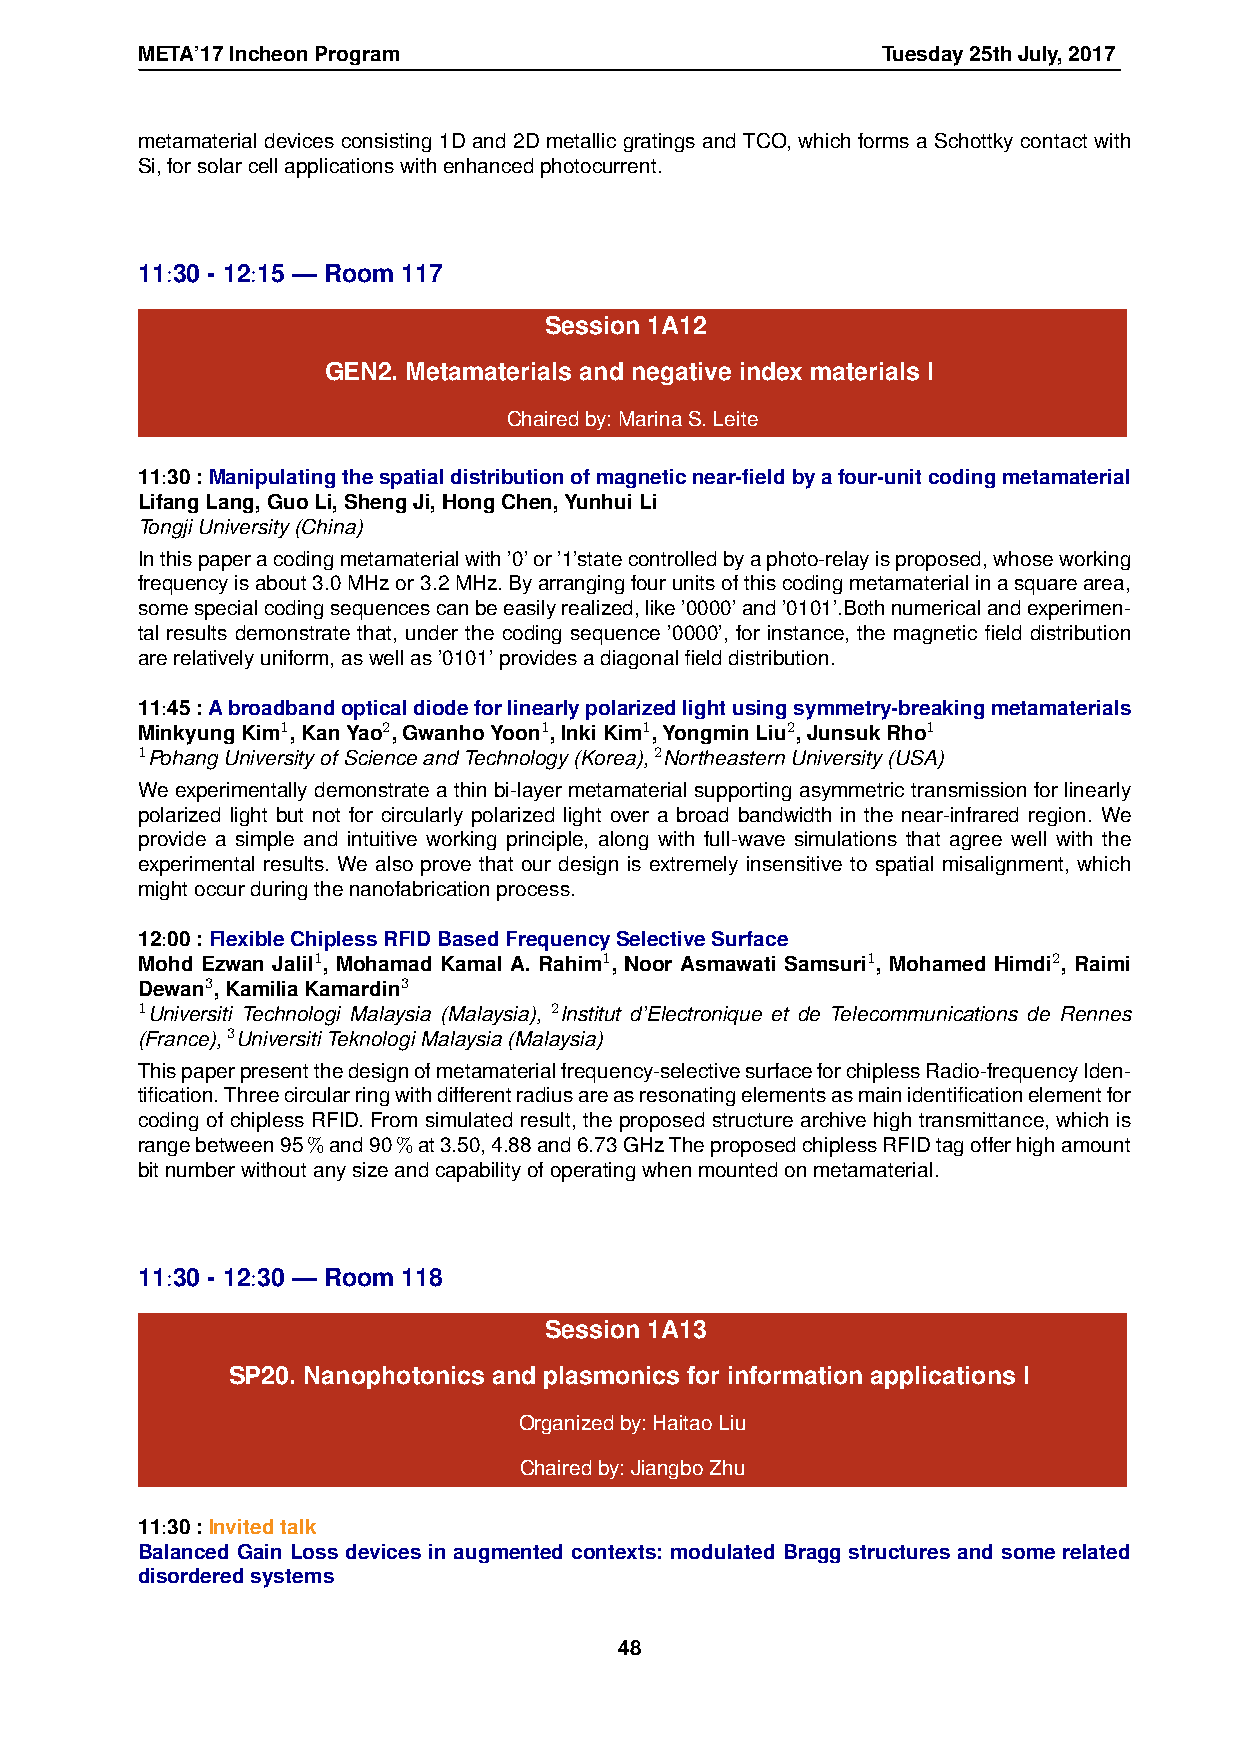
META’17IncheonProgram                            Tuesday25thJuly,2017
 metamaterial devices consisting 1D and 2D metallic gratings and TCO, which forms a Schottky contact with
 Si,forsolarcellapplicationswithenhancedphotocurrent.
 11:30 - 12:15 — Room 117
 Session 1A12
 GEN2. Metamaterials and negative index materials I
 Chairedby:MarinaS.Leite
 11:30:Manipulatingthespatialdistributionofmagneticnear-fieldbyafour-unitcodingmetamaterial
 LifangLang,GuoLi,ShengJi,HongChen,YunhuiLi
 TongjiUniversity(China)
 Inthispaperacodingmetamaterialwith’0’or’1’statecontrolledbyaphoto-relayisproposed,whoseworking
 frequencyisabout3.0MHzor3.2MHz.Byarrangingfourunitsofthiscodingmetamaterialinasquarearea,
 somespecialcodingsequencescanbeeasilyrealized,like’0000’and’0101’.Bothnumericalandexperimen-
 tal results demonstrate that, under the coding sequence ’0000’, for instance, the magnetic field distribution
 arerelativelyuniform,aswellas’0101’providesadiagonalfielddistribution.
 11:45:Abroadbandopticaldiodeforlinearlypolarizedlightusingsymmetry-breakingmetamaterials
 MinkyungKim1,KanYao2,GwanhoYoon1,InkiKim1,YongminLiu2,JunsukRho1
 1PohangUniversityofScienceandTechnology(Korea),2NortheasternUniversity(USA)
 We experimentally demonstrate a thin bi-layer metamaterial supporting asymmetric transmission for linearly
 polarized light but not for circularly polarized light over a broad bandwidth in the near-infrared region. We
 provide a simple and intuitive working principle, along with full-wave simulations that agree well with the
 experimental results. We also prove that our design is extremely insensitive to spatial misalignment, which
 mightoccurduringthenanofabricationprocess.
 12:00:FlexibleChiplessRFIDBasedFrequencySelectiveSurface
 Mohd Ezwan Jalil1, Mohamad Kamal A. Rahim1, Noor Asmawati Samsuri1, Mohamed Himdi2, Raimi
 Dewan3,KamiliaKamardin3
 1Universiti Technologi Malaysia (Malaysia), 2Institut d’Electronique et de Telecommunications de Rennes
 (France),3UniversitiTeknologiMalaysia(Malaysia)
 Thispaperpresentthedesignofmetamaterialfrequency-selectivesurfaceforchiplessRadio-frequencyIden-
 tification.Threecircularringwithdifferentradiusareasresonatingelementsasmainidentificationelementfor
 coding of chipless RFID. From simulated result, the proposed structure archive high transmittance, which is
 rangebetween95%and90%at3.50,4.88and6.73GHzTheproposedchiplessRFIDtagofferhighamount
 bitnumberwithoutanysizeandcapabilityofoperatingwhenmountedonmetamaterial.
 11:30 - 12:30 — Room 118
 Session 1A13
 SP20. Nanophotonics and plasmonics for information applications I
 Organizedby:HaitaoLiu
 Chairedby:JiangboZhu
 11:30:Invitedtalk
 Balanced Gain Loss devices in augmented contexts: modulated Bragg structures and some related
 disorderedsystems
 48